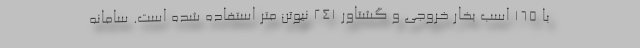
با 165 اسب بخار خروجی و گشتاور 241 نیوتن متر استفاده شده است. سامانه